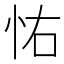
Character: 㤑